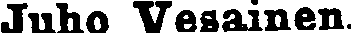
Juho Vesainen.